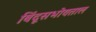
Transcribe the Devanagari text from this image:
बिंदूसभोवताल